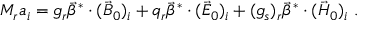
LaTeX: M _ { r } a _ { i } = g _ { r } \vec { \beta } ^ { * } \cdot ( \vec { B } _ { 0 } ) _ { i } + q _ { r } \vec { \beta } ^ { * } \cdot ( \vec { E } _ { 0 } ) _ { i } + ( g _ { s } ) _ { r } \vec { \beta } ^ { * } \cdot ( \vec { H } _ { 0 } ) _ { i } \, \, .